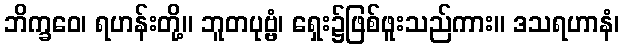
ဘိက္ခဝေ၊ ရဟန်းတို့။ ဘူတပုဗ္ဗံ၊ ရှေး၌ဖြစ်ဖူးသည်ကား။ ဒသရဟာနံ၊